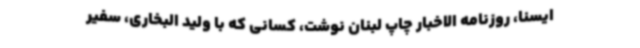
ایسنا، روزنامه الاخبار چاپ لبنان نوشت، کسانی که با ولید البخاری، سفیر